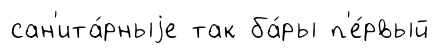
сан'ита́рныjе так ба́ры п'е́рвый